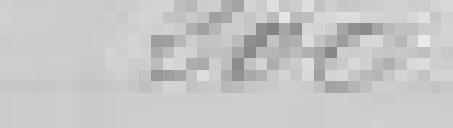
200